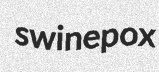
swinepox